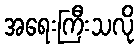
အရေးကြီးသလို